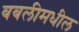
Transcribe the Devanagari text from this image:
बबलीमधील